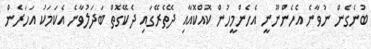
ބުނެގެން ނުވާނެ އެހެންނޫނީ އެހެންމީހުން ކޮއްކޮއާއި ދޭތެރޭގައި ދެކޭގޮތް ބަދަލުވާނެ އެކަމަކު އަހަރެން